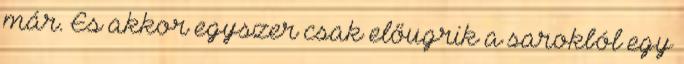
már. És akkor egyszer csak előugrik a sarokból egy